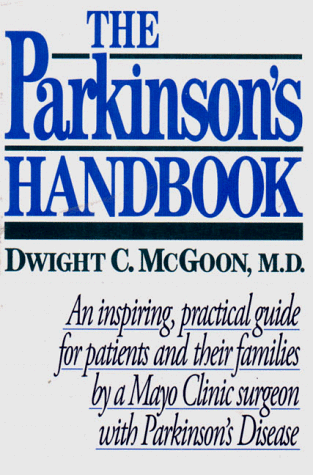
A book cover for The Parkinson's Handbook; Dwight C. McGoon; Health, Fitness & Dieting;